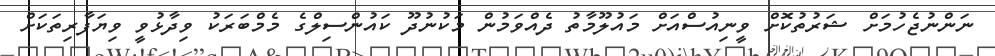
ނަންނުޖެހުމަށް ޝަރުތުކޮށް ވީނިއުސްއަށް މައުލޫމާތު ދެއްވަމުން މަކުނުދޫ ކައުންސިލްގެ މެމްބަރަކު ވިދާޅުވީ ވިޔަފާރިތަކަށް